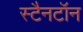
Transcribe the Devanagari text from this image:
स्टैनटॉन